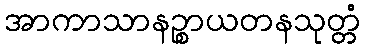
အာကာသာနဉ္စာယတနသုတ္တံ